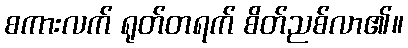
စကားလက် ရုတ်တရက် စိတ်ညစ်လာ၏။